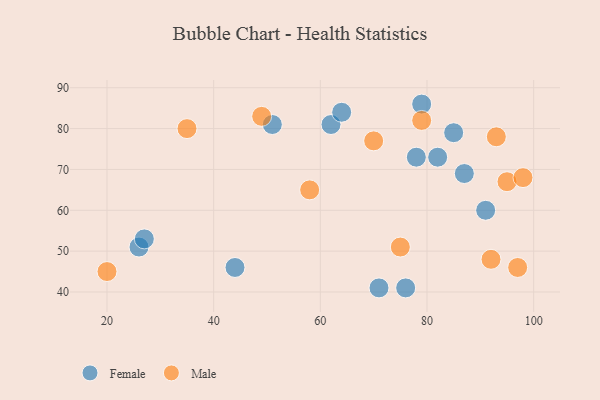
{"axis": {"x": "GDP", "y": "Life Expectancy"}, "legend": ["Female", "Male"], "data": [{"x": "85", "y": 79, "type": "Female"}, {"x": "78", "y": 73, "type": "Female"}, {"x": "79", "y": 86, "type": "Female"}, {"x": "82", "y": 73, "type": "Female"}, {"x": "62", "y": 81, "type": "Female"}, {"x": "76", "y": 41, "type": "Female"}, {"x": "51", "y": 81, "type": "Female"}, {"x": "91", "y": 60, "type": "Female"}, {"x": "87", "y": 69, "type": "Female"}, {"x": "71", "y": 41, "type": "Female"}, {"x": "26", "y": 51, "type": "Female"}, {"x": "64", "y": 84, "type": "Female"}, {"x": "27", "y": 53, "type": "Female"}, {"x": "44", "y": 46, "type": "Female"}, {"x": "92", "y": 48, "type": "Male"}, {"x": "97", "y": 46, "type": "Male"}, {"x": "49", "y": 83, "type": "Male"}, {"x": "20", "y": 45, "type": "Male"}, {"x": "58", "y": 65, "type": "Male"}, {"x": "93", "y": 78, "type": "Male"}, {"x": "75", "y": 51, "type": "Male"}, {"x": "70", "y": 77, "type": "Male"}, {"x": "79", "y": 82, "type": "Male"}, {"x": "95", "y": 67, "type": "Male"}, {"x": "35", "y": 80, "type": "Male"}, {"x": "98", "y": 68, "type": "Male"}]}